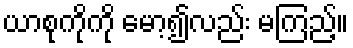
ယာစုကိုကို မော့၍လည်း မကြည့်။